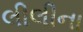
લીલીના